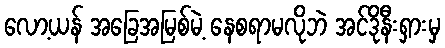
လော့ယန် အခြေအမြစ်မဲ့ နေစရာမလိုဘဲ အင်ဒိုနီးရှားမှ